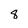
Character: 8